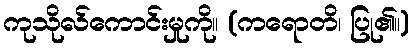
ကုသိုလ်ကောင်းမှုကို။ (ကရောတိ၊ ပြု၏။)